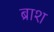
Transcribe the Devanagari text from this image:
ब्राश